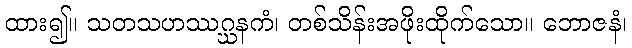
ထား၍။ သတသဟဿဂ္ဃနကံ၊ တစ်သိန်းအဖိုးထိုက်သော။ ဘောဇနံ၊